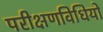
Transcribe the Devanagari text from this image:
परीक्षणविधियों